Annual report on the lock hospitals of the Madras Presidency
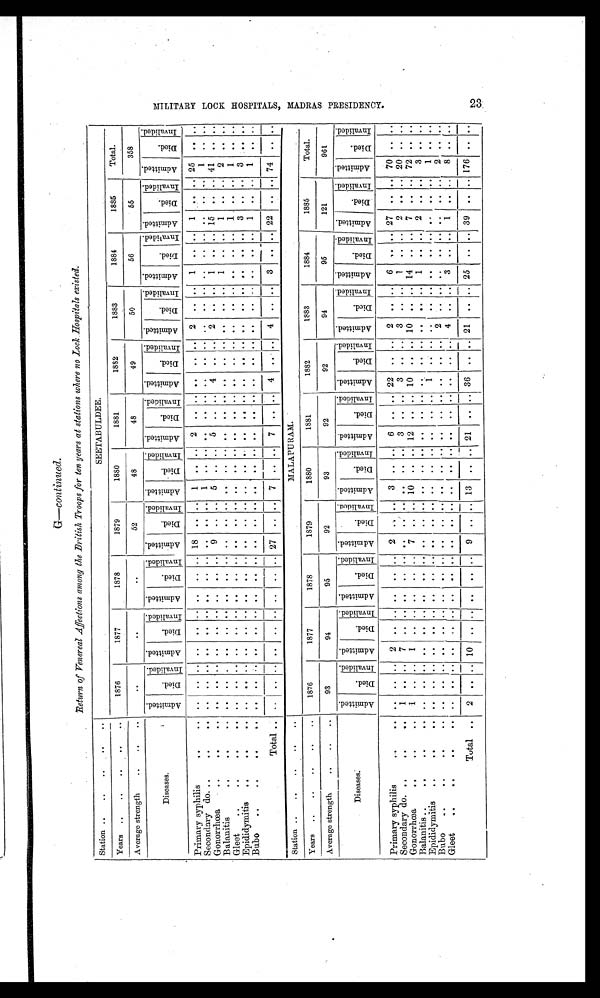
G—continved.
Return of Venereal Affections among the British Troops for ten years at stations where no lock Hospitals existed.
Station ..
.. .. .
SEETABULDEE.
Years
..
..
..
..
..
1876
1877
1878
1879
1880
1881
1882
1883
1884
1885
Total.
Average strength
..
..
..
..
..
52
48
48
49
50
56
5 5
358
Diseases.
A d m i t t e d
D i e d
I n v a l i d e d
A d m i t t e d
D i e d
I n v a l i d e d A d m i t t e d
D i e d
I n v a l i d e d
A d m i t t e d
D i e d
I n v a l i d e d
A d m i t t e d
D i e d
I nval i ded
A d m i t t e d
D i e d
I nval i ded
A d m i t t e d
D i e d
I n v a l i d e d
A d m i t t e d
Di ed
I n v a l i d e d
A d m i t t e d
Di ed
I n v a l i d e d
A d m i t t e d
D i e d
I nval i ded
A d m i t t e d
D i e d
I nval i ded
Primary syphilis
.. ..
. . .
. .
. .
. .
. .
. .
..
. . ..
18
. .
. . 1
. . ..
2
. . ..
. .
. .
. .
2
..
. . 1
..
. .
. .
. . .. 25
. .
..
Secondary do...
..
..
. .
. .
. .
. .
. .
. .
..
. .
..
. .
. .
. .
1
. . ..
. .
. . ..
. .
. .
. .
. . ..
. .
. . ..
. .
. .
. . .
1
. . ..
Gonorrhœa
..
..
. . .
. .
. .
. .
. .
. . ..
. . ..
9
. . .. 5
. . ..
5
. . ..
4
. .
. . 2
.. ..
1
.. .. 15
.. .. 41
. . ..
Balanitis
..
. .
. .
. .
. .
. .
. . ..
. . ..
. .
. .
. .
. .
. . ..
. .
. . ..
. .
. . ..
. . ..
. .
1
.. ..
1
.. ..
2
. . ..
G-leet
..
..
.. ..
. .
. .
. .
. .
. .
. .
..
. .
..
.
. .
. .
. .
. . ..
. .
. . ..
. .
. .
. .
. . ..
. . .
..
. .
1
. . ..
1
. . ..
E p ididymitis
..
..
. .
. . ..
. .
. . ..
. . ..
. .
. .
. .
. .
. . ..
. .
. . ..
. .
. .
..
. .
..
..
. .
..
. .
3
. .
..
3
. . ..
Bubo
..
..
. .
. .
. . . .
. .
. .
..
. .
..
. .
. .
. .
..
. . ..
.
. . ..
. .
. .
. .
. .
..
. .
. . ..
. .
. .
. .
..
. .
. .
..
Total - ..
..
. . ..
.. .. ..
.. .. 27
..
. . 7 .. .. 7
.. .. 4
. . ..
4
.. ..
3
.. .. 22
.. .. 74
. . ..
Station ..
.
.
..
..
MALAPURAM.
Years
..
..
..
..
..
1876
1877
1878
1879
1880
1881
1882
1883
1884
1885
Total.
Average strength
..
..
93
94
95
92
93
92
92
94
95
121
961
Diseases.
A d m i t t e d .
D i e d .
I n v a l i d e d
A d m i t t e d
D i e d
I n v a l i d e d
A d m i t t e d
D i e d
I n v a l i d e d
A d m i t t e d .
D i e d
I n v a l i d e d
A d m i t t e d
D i e d
I nval i ded
A d m i t t e d
D i e d
I n v a l i d e d
A d m i t t e d
D i e d
I n v a l i d e d A d m i t t e d
D i e d
I n v a l i d e d Admi t t ed
Di ed
I n v a l i d e d
A d mi t t e d
D i e d
I nval i ded
A d m i t t e d
D i e d
I nval i ded
Primary syphilis
....
. .
. . .. 2
. .
. .
..
.
. .
2
. .
. . 3
. . ..
6
. . ..
22
. .
. . 2
..
. .
6
..
. . 27
. . ..
70
. .
..
S econdary do. ..
..
1
. .
. .
7
. .
. . ..
. .
. .
. .
. .
. .
..
. . ..
3
. . ..
3
. .
. . 3
..
. . . 1
..
. . 2
. . ..
20
. . ...
Gonorrhoea
..
..
1
. .
. . 1
....
. . ..
. .
. . 7
. .
. . 10
. . ..
12
... ... 10
... .. 10
...
. . 14
..
. . 7
. . ... 72
. .
..
Balanitis ...
...
. .
. .
. .
. .
. .
. . ..
. .
. .
. .
. .
. .
..
. . .
. .
. . ..
. .
. .
. .
. .
..
. .
1
..
. . 2
. . ..
t 3
. .
..
Epidiclymitis
...
..
. .
. .
. .
. .
. .
. . ..
. .
. .
. .
. .
. . ..
. . ..
. .
. . ..
1
. . ..
.
. . ..
. . ..
. .
..
1
. . ..
Bubo
..
.....
. .
. .
. .
. .
. .
. . ..
. . . .
. .
. .
. .
..
. . ..
. .
. . ..
. .
. . . . 2
..
. . .
. . ..
. . ..
. . ..
2
. .
..
Gleet
..
..
. .
. .
. . . .
. .
. . ..
. . . .
. .
. .
. .
..
. . ..
. .
. . ..
. .
. . . . 4
..
. .
3
..
. . 1
. . ..
8
. . ..
Tota... 2 ..
. . 10
. .
. . ..
. .
. .
9
. .
. . 13
.. .. 21
.. .. 36
.. .. 21
.. .. 25
..
. . 39
.. .. 176
. . ..